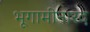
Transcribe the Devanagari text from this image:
भूगामीनारद